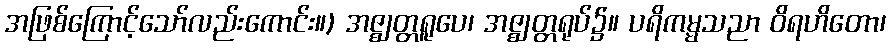
အဖြစ်ကြောင့်သော်လည်းကောင်း။) အဇ္ဈတ္တရူပေ၊ အဇ္ဈတ္တရုပ်၌။ ပရိကမ္မသညာ ဝိရဟိတော၊